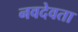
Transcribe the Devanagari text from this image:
नवदेवता